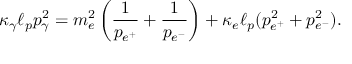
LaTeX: \kappa _ { \gamma } \ell _ { p } p _ { \gamma } ^ { 2 } = m _ { e } ^ { 2 } \left( \frac { 1 } { p _ { e ^ { + } } } + \frac { 1 } { p _ { e ^ { - } } } \right) + \kappa _ { e } \ell _ { p } ( p _ { e ^ { + } } ^ { 2 } + p _ { e ^ { - } } ^ { 2 } ) .